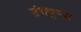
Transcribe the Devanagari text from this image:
उंचपुर्‍या